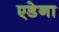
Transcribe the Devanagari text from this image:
एडेना